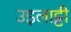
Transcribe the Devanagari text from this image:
उइलाट्टी